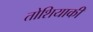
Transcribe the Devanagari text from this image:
तोशियाकी